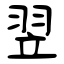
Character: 翌